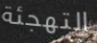
التهجئة